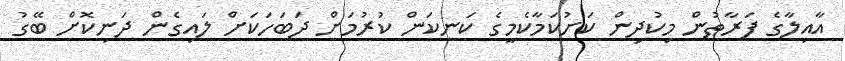
އާއިލާގެ ފަރާތުން މިކުދިން ކަށުކަމާކެމީގެ ކަނކަން ކުރުމަށް ދަބަހަކަށް ލައިގެން ދަނިކޮށް ބޭގު